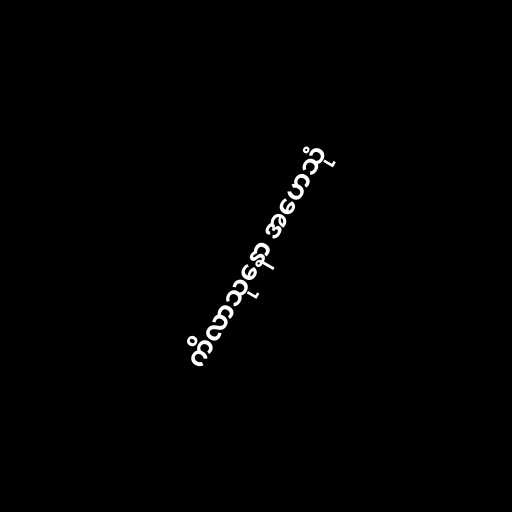
ကိလာသုနော အဟေသုံ